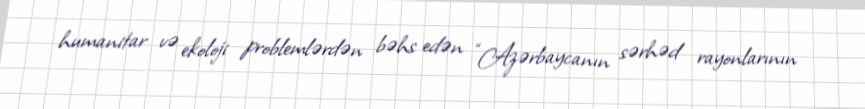
humanitar və ekoloji problemlərdən bəhs edən “Azərbaycanın sərhəd rayonlarının